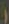
(